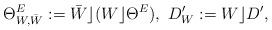
LaTeX: \begin{align*}\Theta^E_{W,\bar W}:= \bar W \rfloor (W \rfloor \Theta^E), \ D'_W:= W\rfloor D',\end{align*}